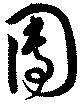
団